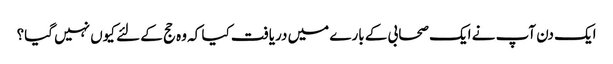
ایک دن آپ نے ایک صحابی کے بارے میں دریافت کیا کہ وہ حج کے لئے کیوں نہیں گیا؟